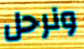
ونرحل